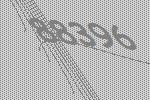
88396